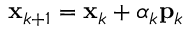
\mathbf { x } _ { k + 1 } = \mathbf { x } _ { k } + \alpha _ { k } \mathbf { p } _ { k }